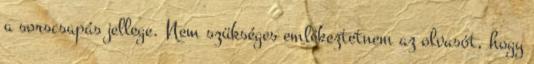
a sorscsapás jellege. Nem szükséges emlékeztetnem az olvasót, hogy